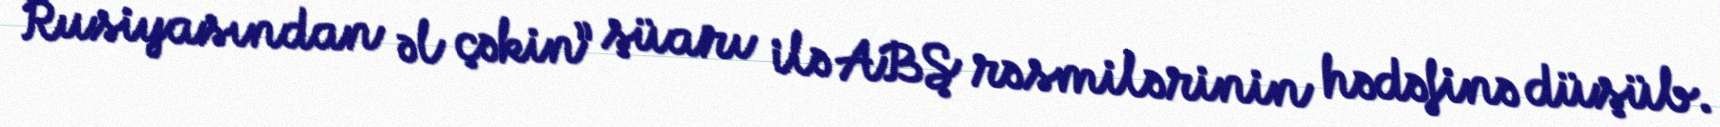
Rusiyasından əl çəkin” şüarı ilə ABŞ rəsmilərinin hədəfinə düşüb.